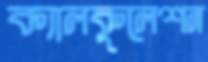
ক্যালকুলেশন